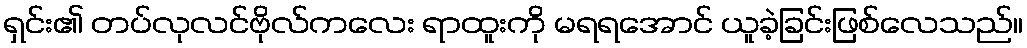
ရှင်း၏ တပ်လုလင်ဗိုလ်ကလေး ရာထူးကို မရရအောင် ယူခဲ့ခြင်းဖြစ်လေသည်။